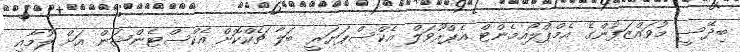
ބިދޭސީ މުވައްޒަފުންގެ އެމްޕްލޯއިމެންޓް އެޕްރޫވަލް އެކްސްޕަޔަރީ ބަލާ ޗެކްކޮށް އެކްސްޓެންޝަން އަށް ލުމާއި